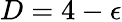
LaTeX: D=4-\epsilon